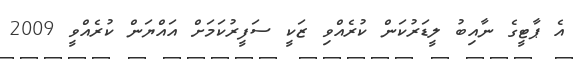
އެ ޕާޓީގެ ނާއިބު ލީޑަރުކަން ކުރެއްވި ޒަކީ ސަފީރުކަމަށް އައްޔަން ކުރެއްވީ 2009